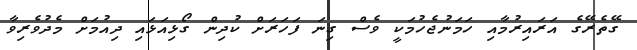
ގޭތެރޭގެ އަރައިރުމާއި ހަމަނުޖެހުމަކީ ވެސް ގިނަ ފަހަރަށް ކުދިން ގޯޅިއަޅައި ދިއުމަށް މެދުވެރިވާ